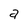
Character: a